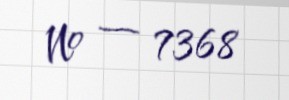
№ — 7368